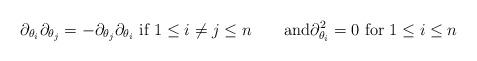
LaTeX: \begin{align*}\partial_{\theta_i} \partial_{\theta_j}=-\partial_{\theta_j} \partial_{\theta_i}\hbox{ if } 1 \leq i \neq j \leq n\qquad\hbox{and}\partial_{\theta_i}^2 = 0\hbox{ for }1 \leq i \leq n\end{align*}